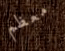
معظم